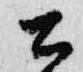
公